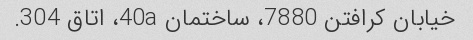
خیابان کرافتن 7880، ساختمان 40a، اتاق 304.